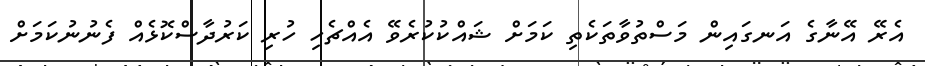
އެރޭ އޭނާގެ އަނގައިން މަސްތުވާތަކެތި ކަމަށް ޝައްކުކުރެވޭ އެއްޗެހި ހުރި ކަރުދާސްކޮޅެއް ފެނުނުކަމަށް